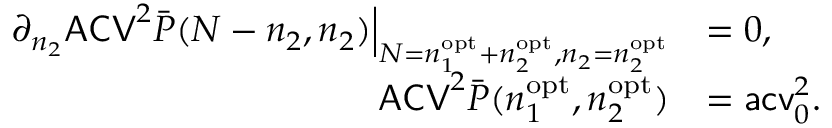
\begin{array} { r l } { \partial _ { n _ { 2 } } \mathsf { A C V } ^ { 2 } \bar { P } ( N - n _ { 2 } , n _ { 2 } ) \Big | _ { N = n _ { 1 } ^ { \mathrm { o p t } } + n _ { 2 } ^ { \mathrm { o p t } } , n _ { 2 } = n _ { 2 } ^ { \mathrm { o p t } } } } & { = 0 , } \\ { \mathsf { A C V } ^ { 2 } \bar { P } ( n _ { 1 } ^ { \mathrm { o p t } } , n _ { 2 } ^ { \mathrm { o p t } } ) } & { = \mathsf { a c v } _ { 0 } ^ { 2 } . } \end{array}